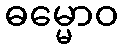
ဓမ္မောဝ